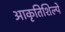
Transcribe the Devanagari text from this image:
आकृतिशिल्पे